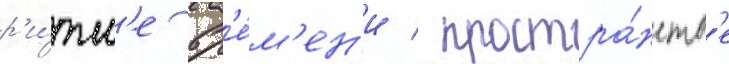
р'и́тм'е вр'е́м'ен'и / простра́нств'е